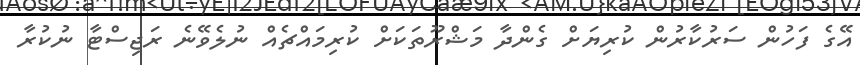
އޭގެ ފަހުން ސަރުކާރުން ކުރިޔަށް ގެންދާ މަޝްރޫތަކަށް ކުރިމައްޗެއް ނުލެވޭނެ ރަޖިސްޓާ ނުކުރާ